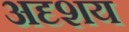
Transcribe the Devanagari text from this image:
अदृशय